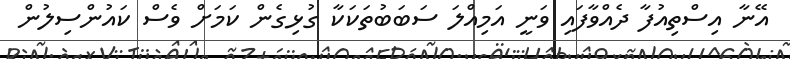
އޭނާ އިސްތިއުފާ ދެއްވާފައި ވަނީ އަމިއްލަ ސަބަބުތަކަކާ ގުޅިގެން ކަމަށް ވެސް ކައުންސިލުން